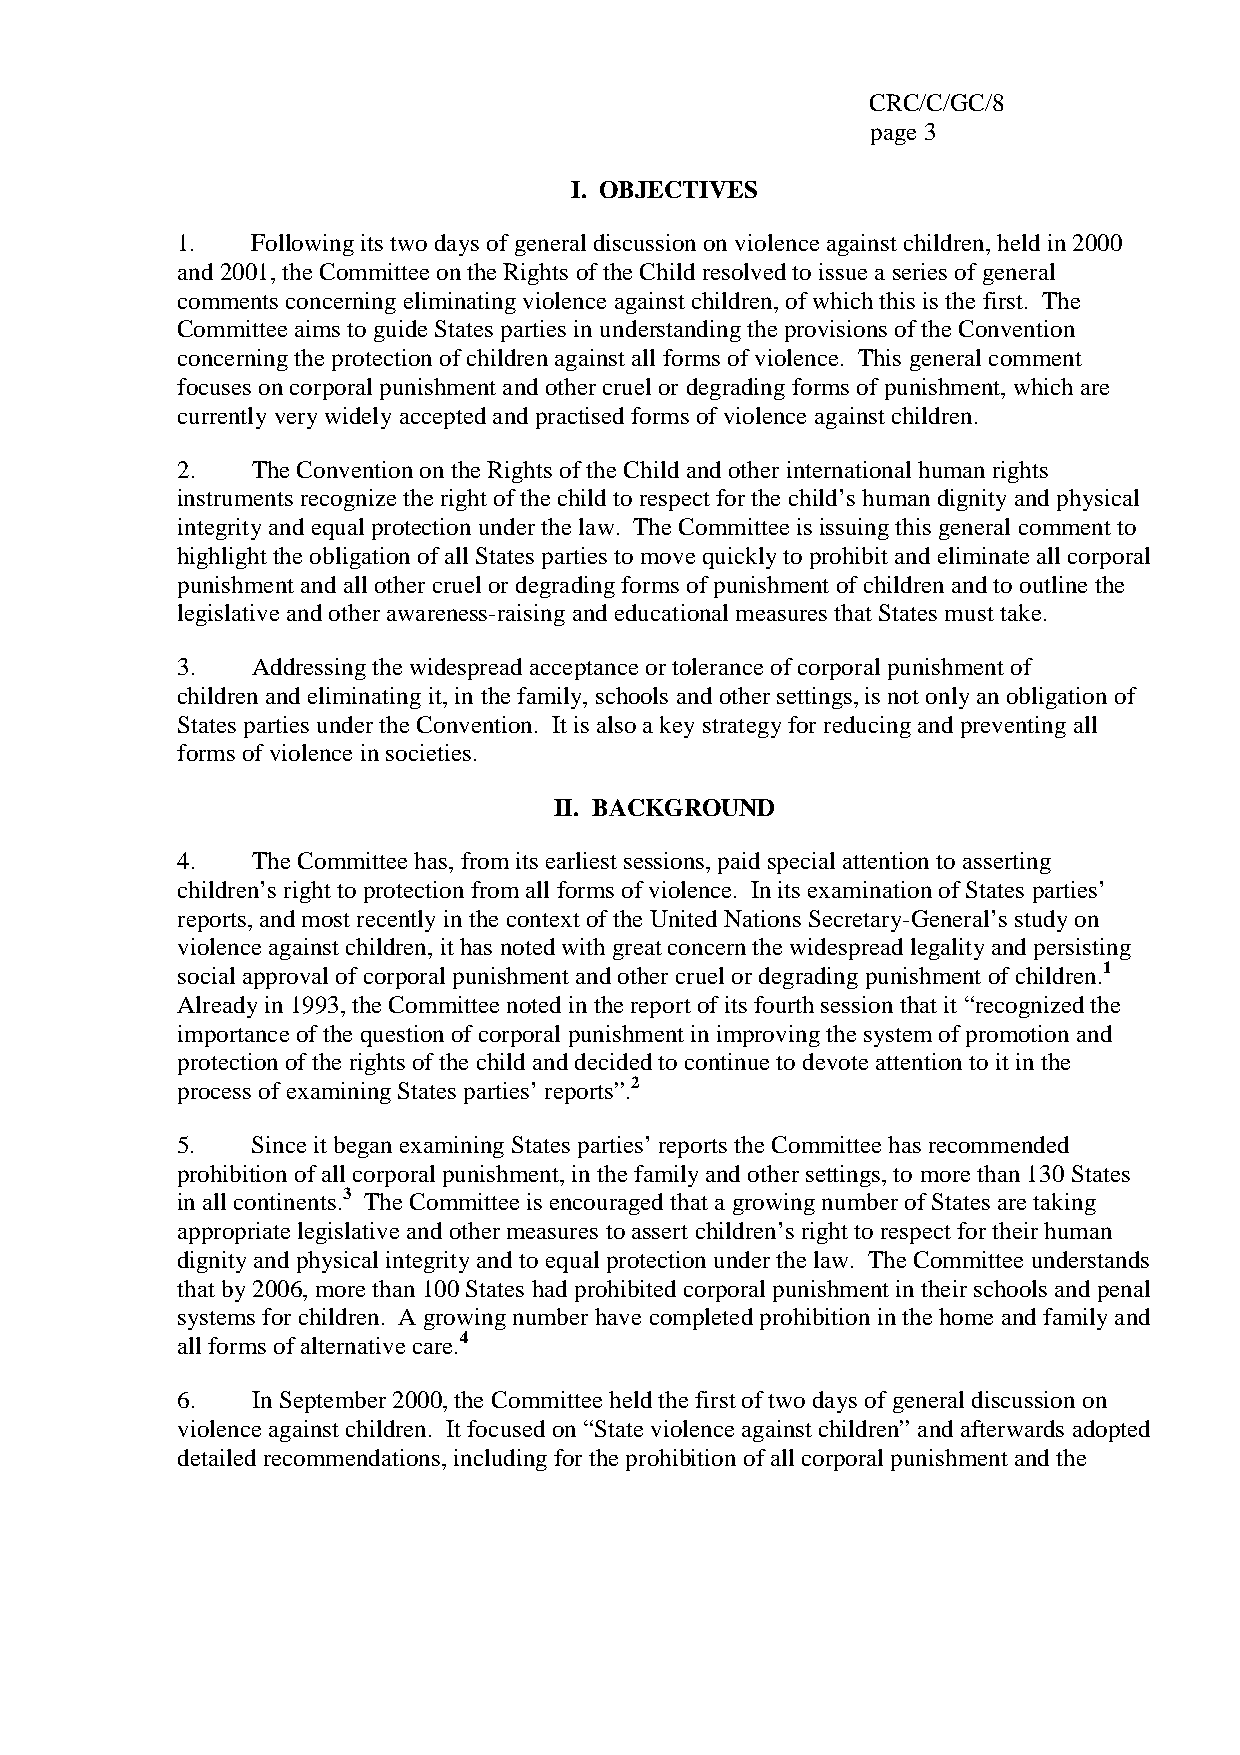
CRC/C/GC/8
 page 3
 I. OBJECTIVES
 1.   Following its two days of general discussion on violence against children, held in 2000
 and 2001, the Committee on the Rights of the Child resolved to issue a series of general
 comments concerning eliminating violence against children, of which this is the first. The
 Committee aims to guide States parties in understanding the provisions of the Convention
 concerning the protection of children against all forms of violence. This general comment
 focuses on corporal punishment and other cruel or degrading forms of punishment, which are
 currently very widely accepted and practised forms of violence against children.
 2.   The Convention on the Rights of the Child and other international human rights
 instruments recognize the right of the child to respect for the child’s human dignity and physical
 integrity and equal protection under the law. The Committee is issuing this general comment to
 highlight the obligation of all States parties to move quickly to prohibit and eliminate all corporal
 punishment and all other cruel or degrading forms of punishment of children and to outline the
 legislative and other awareness-raising and educational measures that States must take.
 3.   Addressing the widespread acceptance or tolerance of corporal punishment of
 children and eliminating it, in the family, schools and other settings, is not only an obligation of
 States parties under the Convention. It is also a key strategy for reducing and preventing all
 forms of violence in societies.
 II. BACKGROUND
 4.   The Committee has, from its earliest sessions, paid special attention to asserting
 children’s right to protection from all forms of violence. In its examination of States parties’
 reports, and most recently in the context of the United Nations Secretary-General’s study on
 violence against children, it has noted with great concern the widespread legality and persisting
 social approval of corporal punishment and other cruel or degrading punishment of children.1
 Already in 1993, the Committee noted in the report of its fourth session that it “recognized the
 importance of the question of corporal punishment in improving the system of promotion and
 protection of the rights of the child and decided to continue to devote attention to it in the
 process of examining States parties’ reports”.2
 5.   Since it began examining States parties’ reports the Committee has recommended
 prohibition of all corporal punishment, in the family and other settings, to more than 130 States
 in all continents.3 The Committee is encouraged that a growing number of States are taking
 appropriate legislative and other measures to assert children’s right to respect for their human
 dignity and physical integrity and to equal protection under the law. The Committee understands
 that by 2006, more than 100 States had prohibited corporal punishment in their schools and penal
 systems for children. A growing number have completed prohibition in the home and family and
 all forms of alternative care.4
 6.   In September 2000, the Committee held the first of two days of general discussion on
 violence against children. It focused on “State violence against children” and afterwards adopted
 detailed recommendations, including for the prohibition of all corporal punishment and the